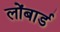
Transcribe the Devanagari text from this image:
लोंबार्ड